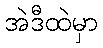
အဲဒီထဲမှာ